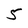
Character: 5